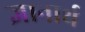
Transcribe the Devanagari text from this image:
ज्ञानार्थ